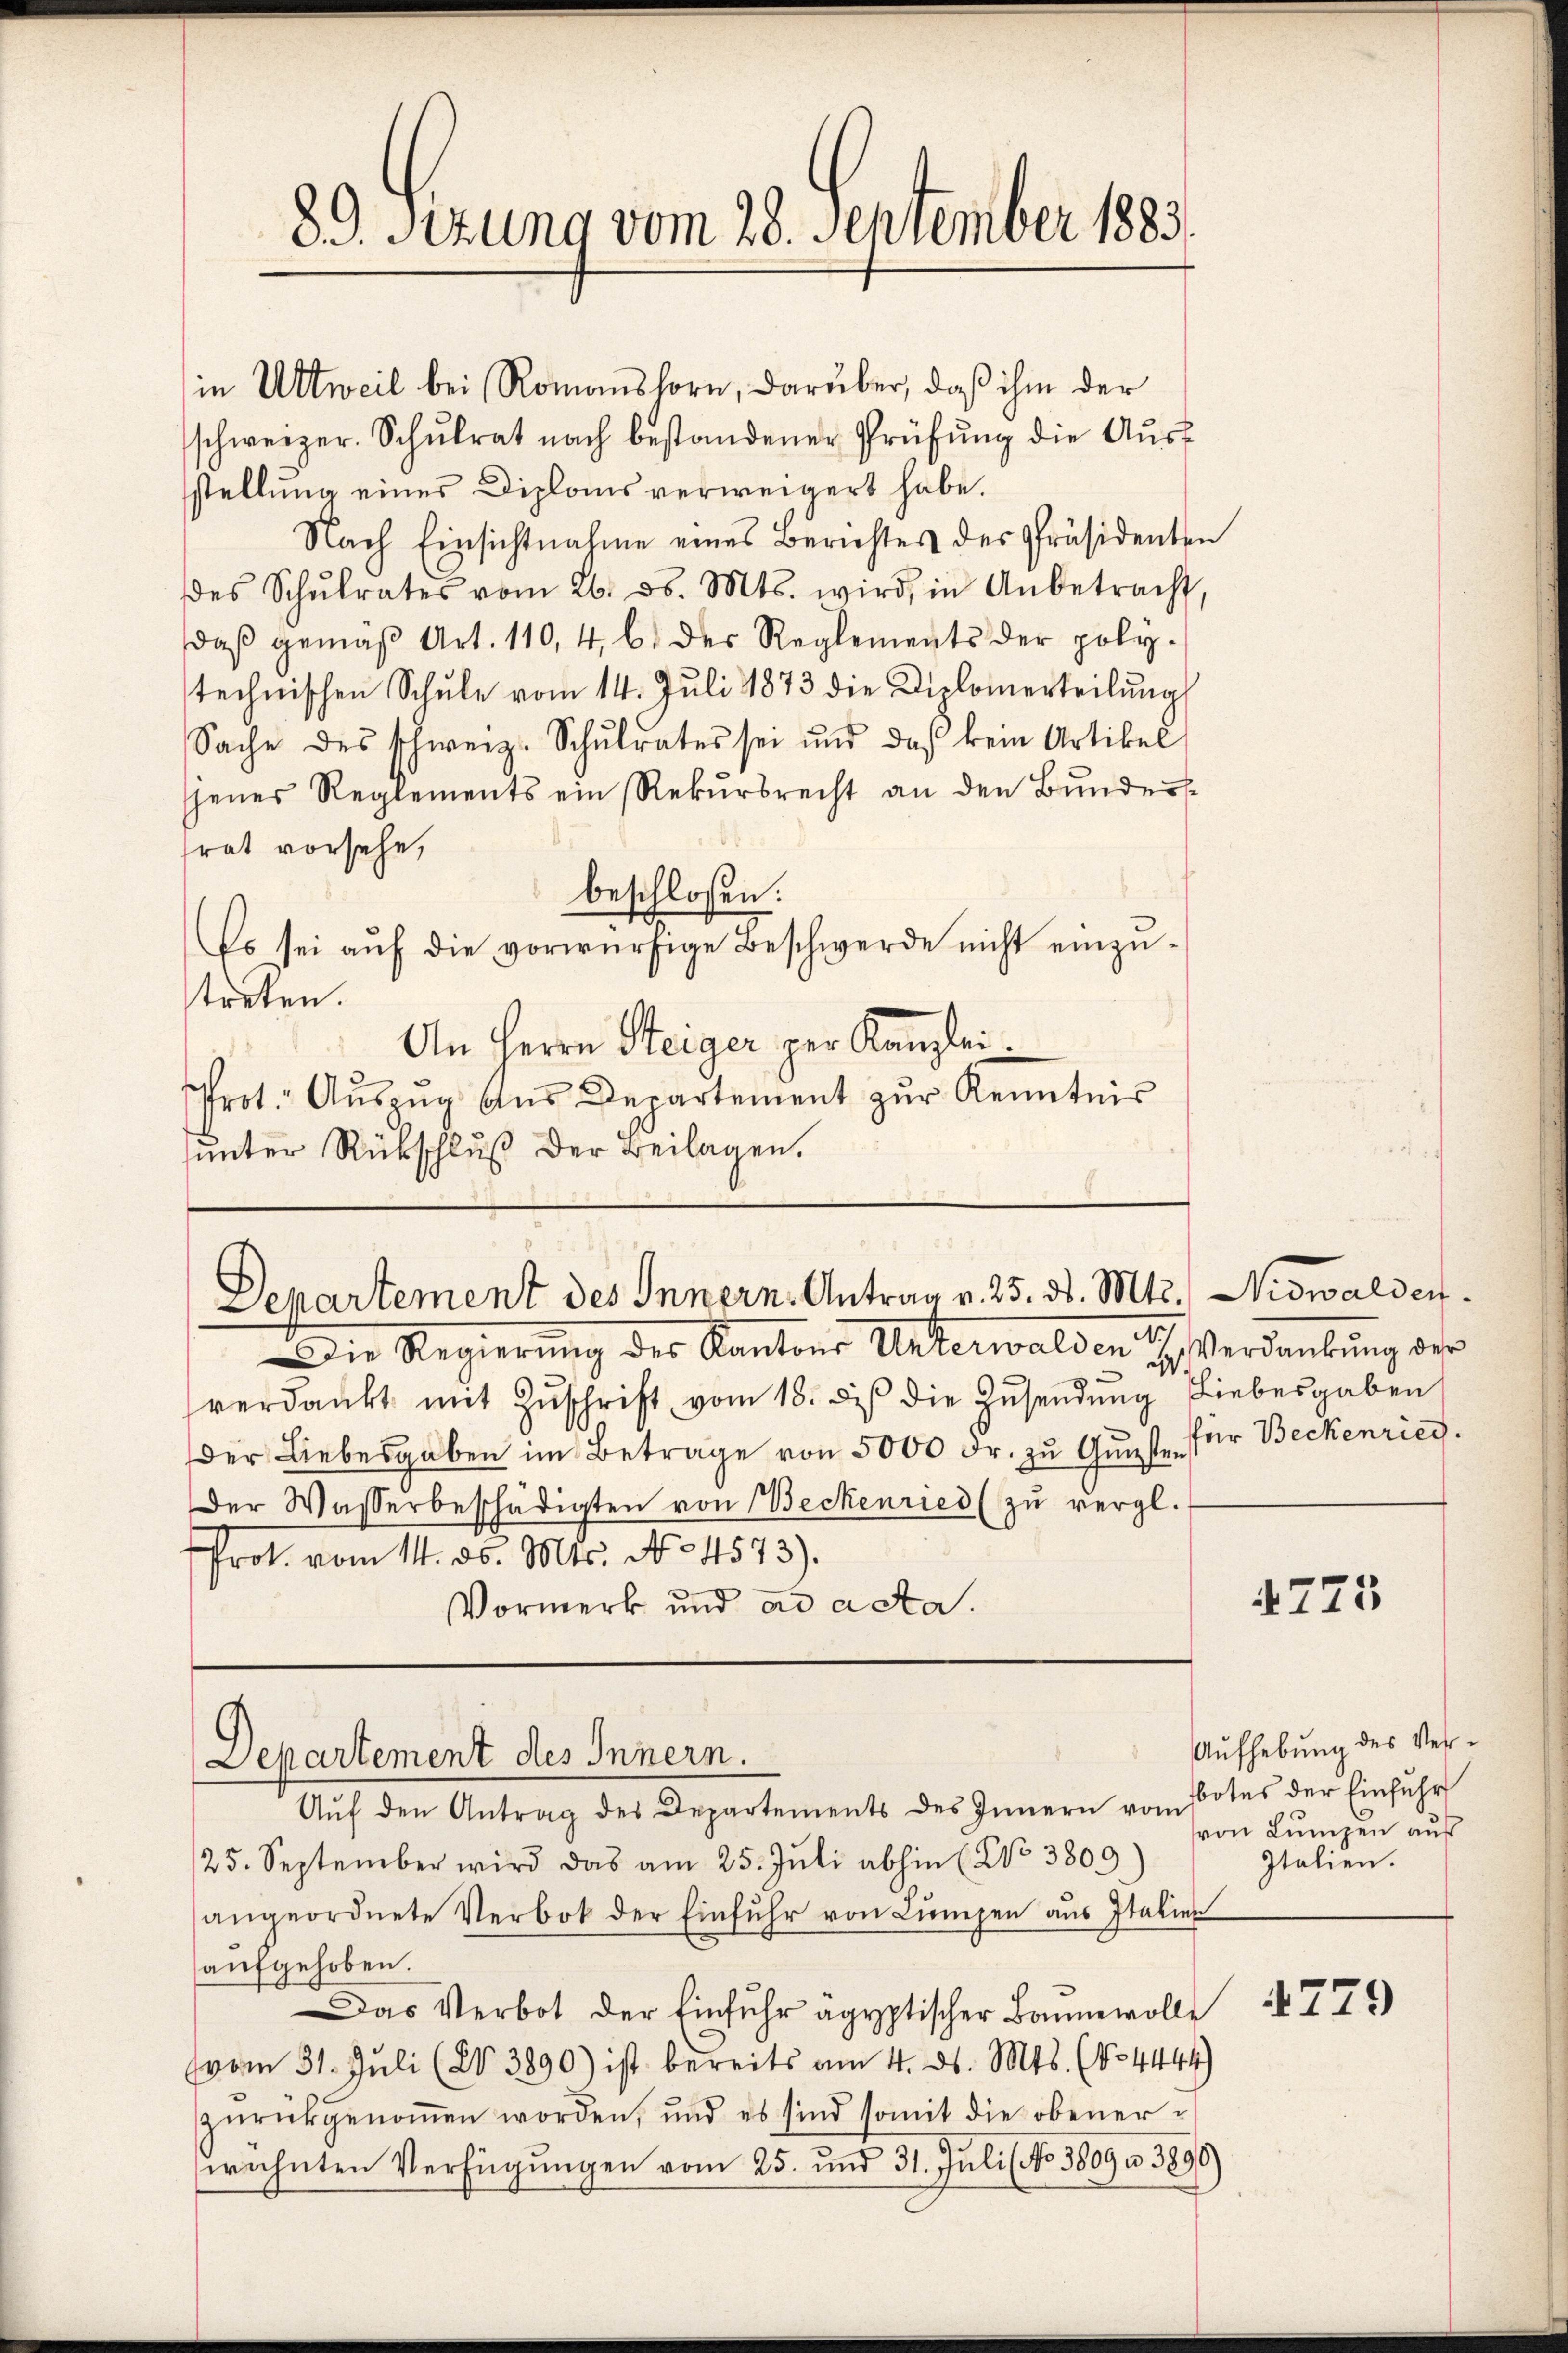
89. Sizung vom 28. September 1883.

in Ultweil bei Romanshorn, darüber, daß ihm der
schweizer. Schŭlrat nach bestandener Prüfŭng die Aŭsf
stellung eines Diploms verweigers habe.
Nach Einsichtnahme eines Berichtes des Präsidenten
des Schŭlrates vom 26. d. Mts. wird, in Anbetracht,
daß gemäß Art. 110, 4, b. der Reglements der polytechnischen Schule vom 14. Juli 1873 die Diplomerteilŭng
Sache des schweiz. Schŭlrates sei ŭnd daß kein Artikel
jenes Reglements ein Rekŭrsrecht an den Bŭndes-
trat vorsehe,
beschlossen:
Es sei auf die vorwürfige Beschwerde nicht einzustreten.
An Herrn Steiger per Kanzlei.
Prot. Aŭszŭg aŭs Departement zŭr Kenntnis
sŭnter Rückschlŭβ der Beilagen.

Departement des Innern. Antrag v. 25. d. Mts., Nidwalden¬

Die Regierung des Kantons Unterwalden ich Verdankung der
verdankt mit Zŭschrift vom 18. des die Zŭsendŭng Liebesgaben
der Liebesgaben im Betrage von 5000 Fr. zu Gunst für Beckenrieg.
Der Wasserbeschädigten von Beckenried (zu vergl.
Prot. vom 14. ds. Mts. No 4573).
Vormerk und ad acta.

Departement des Innern.

Aŭf den Antrag des Departements des Innern von Botes der Einfŭhr
25. September wird das am 25. Juli abhin (No 3809
angeordnete Verbot der Einfŭhr von Lŭngen aŭs Italien
aufgehoben.
Das Verbot der Einfŭhr agyptischer Baumwolle
vom 31. Juli (203890) ist bereits am 4. ds. Mts. (No 4444)
zurückgenommen worden, und es sind somit die obenerwähnten Verfügŭngen vom 25. und 31. Jŭli ( No. 5809 n 3890)

4723

Aufhebung des Vervon Lumpen aus
Italien.

4779